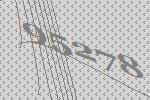
95278